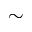
\sim